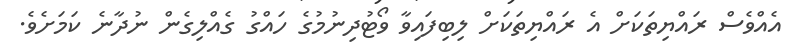
އެއްވެސް ރައްޔިތަކަށް އެ ރައްޔިތަކަށް ލިބިފައިވާ ވޯޓުދިނުމުގެ ހައްގު ގެއްލިގެން ނުދާނެ ކަމަށެވެ.